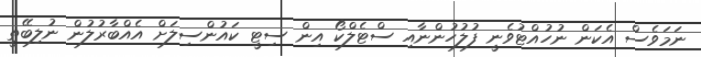
ނަމަވެސް އެކަން ނުހުއްޓުވެނީ ފުލުހުންނާއި ސްޓެލްކޯ އިން ސިޓީ ކައުންސިލަށް އެއްބާރުލުން ނުލިބޭތީ